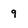
Character: 9